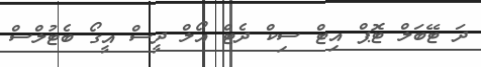
ދަ ޓޭބަލް ޓޮޕް އިޓް ސިކް ދެޓް އޯލް ދީސް އީގޯ ބެޓުލްސް